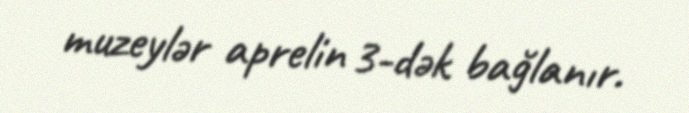
muzeylər aprelin 3-dək bağlanır.